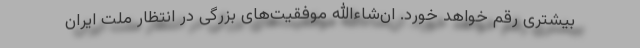
بیشتری رقم خواهد خورد. ان‌شاءالله موفقیت‌های بزرگی در انتظار ملت ایران